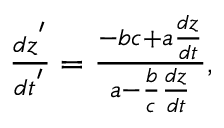
\begin{array} { r } { \frac { d z ^ { ' } } { d t ^ { ' } } = \frac { - b c + a \frac { d z } { d t } } { a - \frac { b } { c } \frac { d z } { d t } } , } \end{array}